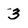
Character: 3